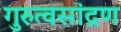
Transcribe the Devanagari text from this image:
गुरुत्वसांद्रण